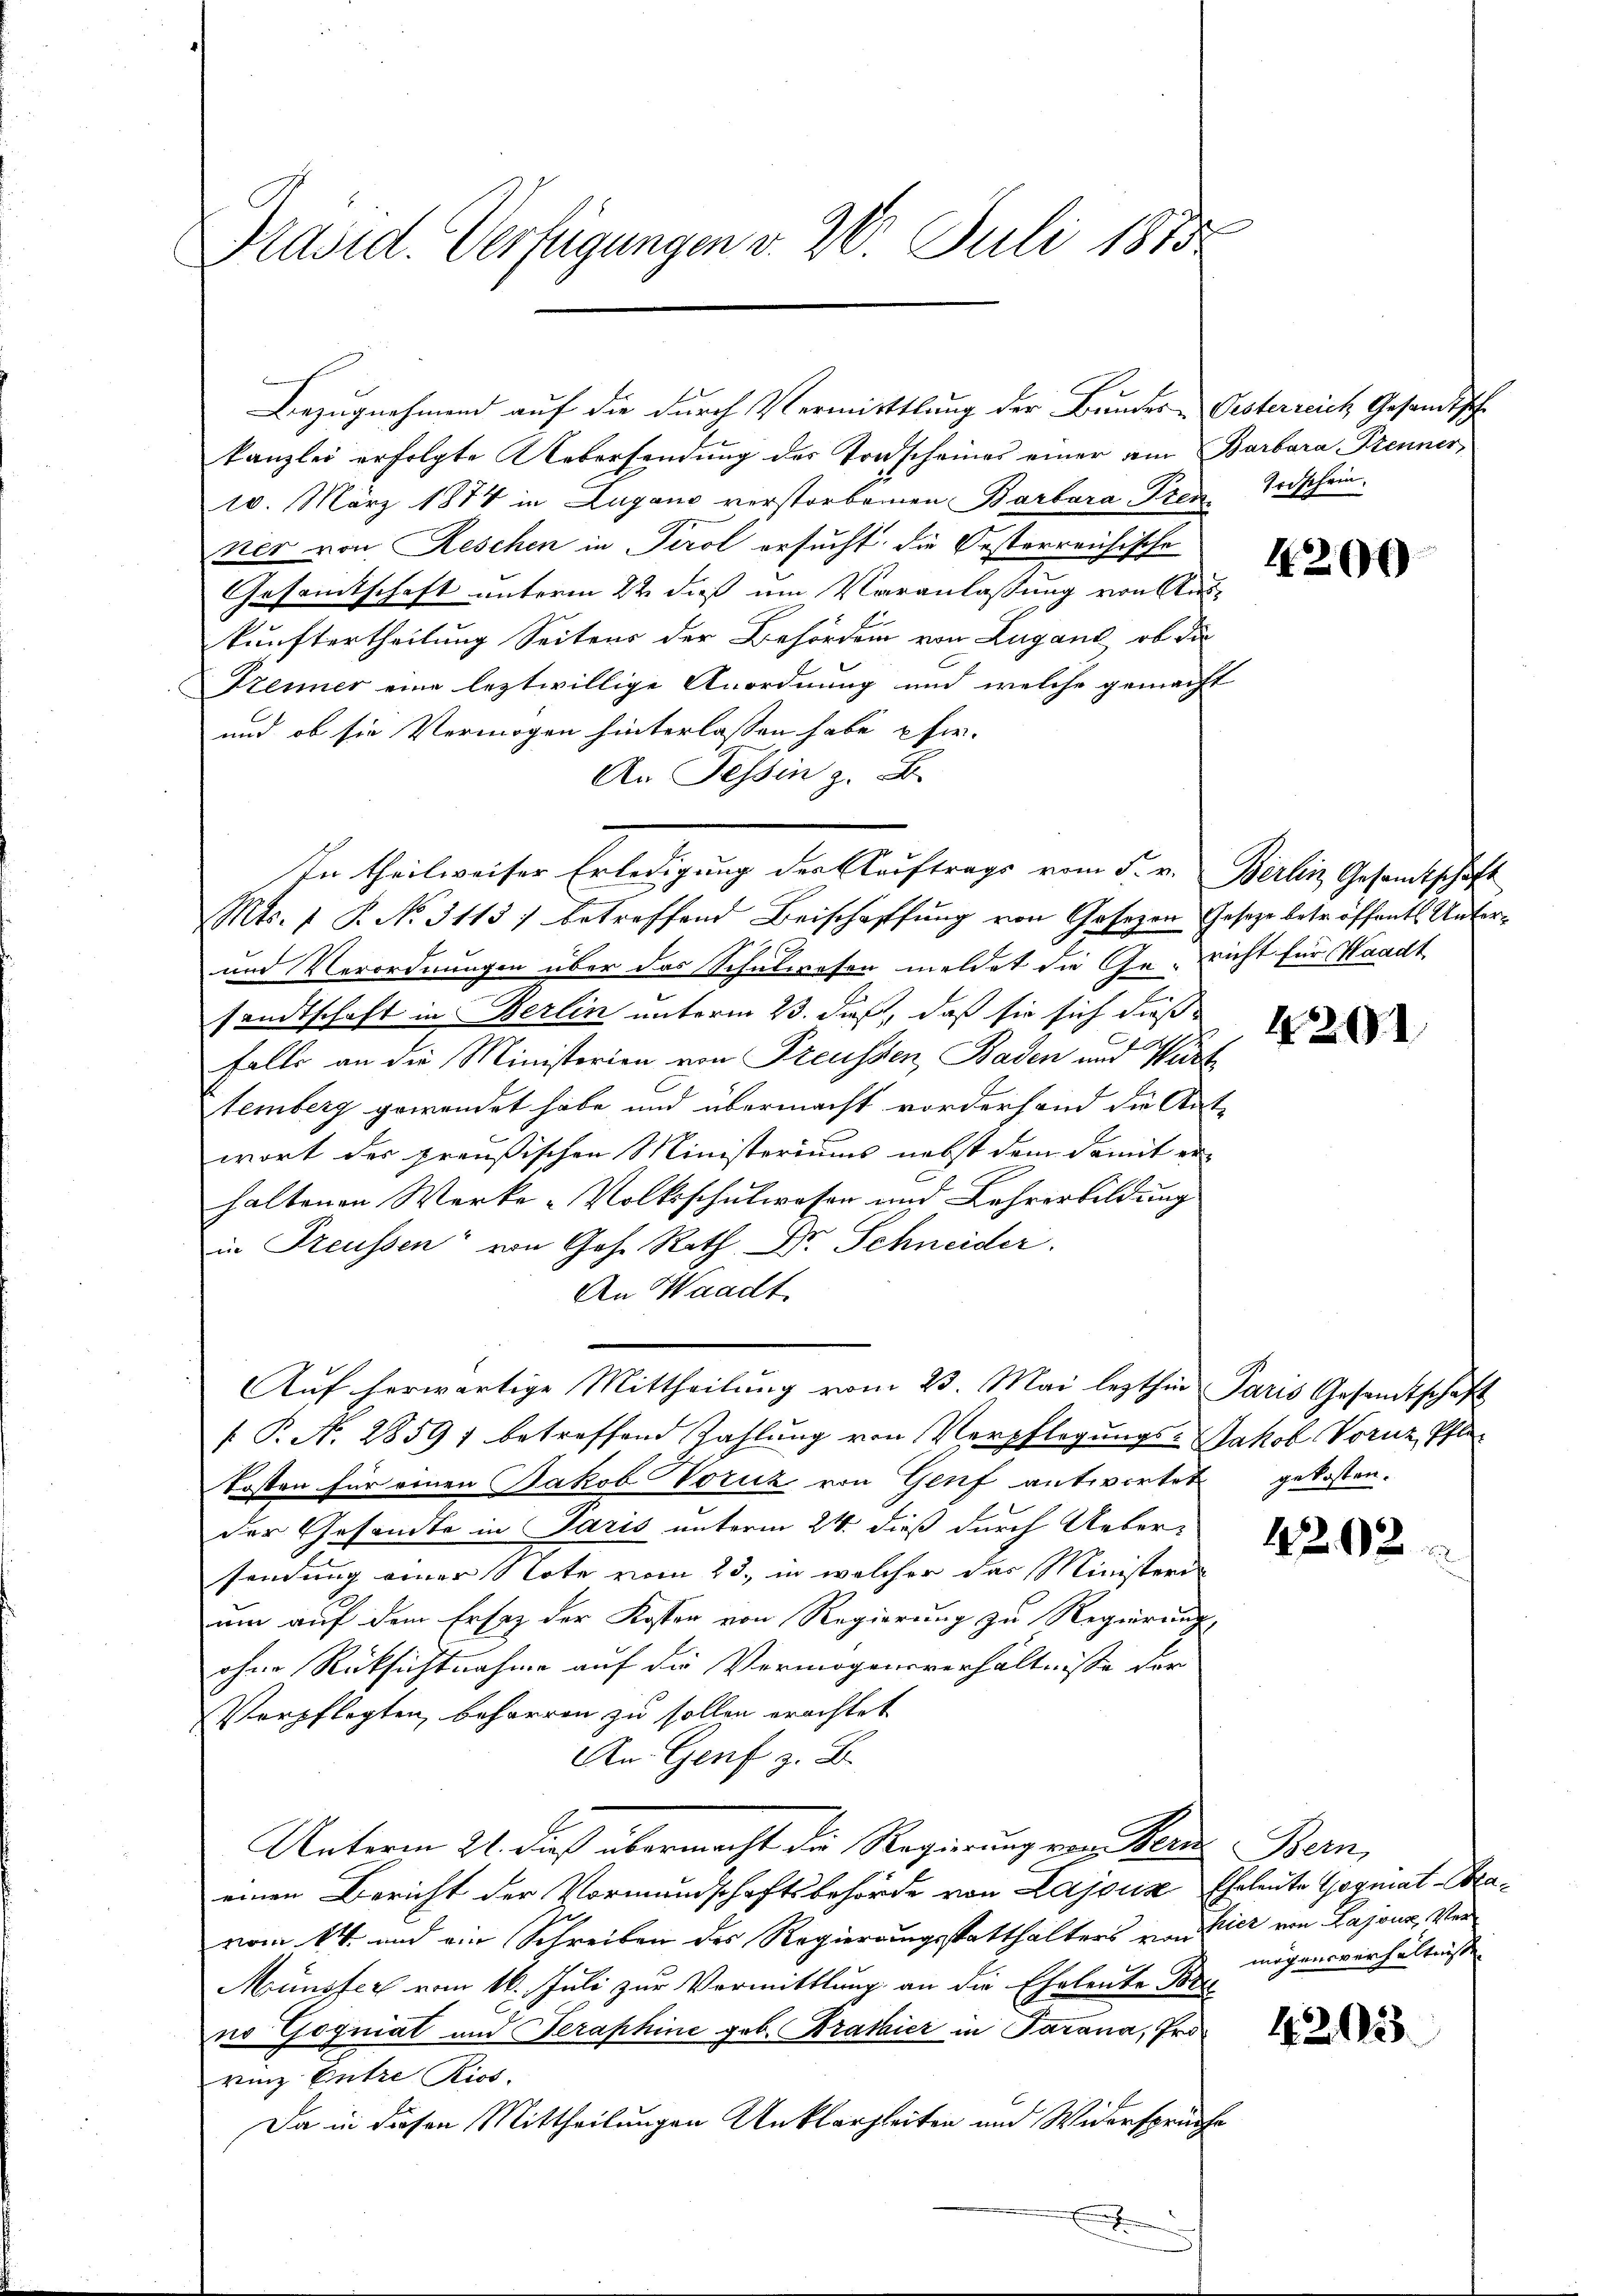
Präsid. Verfügungen v. 26. Juli 1875

Bezugnahmend auf die durch Vermittlung der Bundes-Visterreich Gesandtsche
kanzlei erfolgte Uebersendung des Torscheines einer am Barbara Trenner
10. März 1874 in Zugano verstorbenen Barbara Trenzier von Reschen in Perol ersucht die Oesterreichische
Gesamtschaft unterm 22. daß um Veranlassung von Auskunftertheilung Seitens der Behördern von Lugand, ob die
Trenner eine leztwillige Anordnung und welche gemacht
und ob sie Vermögen hinterlassen habe, pfer¬
An Tessin z. B.
Mts. 1 P. No. 3113) betreffend Beischaffung von Gosezen Gesetze betr. öffentl. Unter¬
und Verordnungen über das Schulwesen meldet die Gericht für Waadt
sandtschaft in Berlin unterm 23. daß, daß sie sich dießfalls an die Ministerien von Preussen, Baden und Würt
temberg gewendet habe und übermacht vorderhand die Ant-
wort der preußischen Ministeriums nebst dem damit er-
haltenen Werke-Volksschulwesen und Lehrerbildung
in Freussen von Ges. Rath Dr. Schneider
An Waadt.
Auf herwärtige Mittheilung vom 23. Mai lezthin Paris Gesandtschaft
 P. N. 2859; betreffend Zahlung von Verpflegungs-Jakob Vornz, Pflekosten für einen Jakob Voruz von Genf antwortet gekosten.
der Gesandte in Paris unterm 24. dieß durch Ueber-
sendung einer Note vom 23., in welcher das Ministeri
um auf dem Ersatz der Koster von Regierung zu Regierung
ohne Rücksichtnahme auf die Vermögensverhältnisse der
Verpflegten, beharren zu sollen erachtet
An Genf z. B.
Unterm 21. dieß übermacht die Regierung von Meine Bern,
einen Bericht der Vormundschaftsbehörde von Lajouis Eheleute Gogmat-Cavom 14. und ein Schreiben des Regierungsstatthalters von Vier von Lajouz, Ver¬
Münster vom 16. Juli zur Vormittlung an die Eheleute Bru
no Gogniat und Seraphine geb. Bratier in Parana, Prorinz Entre Rios.
Da in diesen Mittheilungen Unklarzleiten und Widerspruche

In theilweiser Erledigung der Kauftrage vom 5. v. Berlin Gesandtschaft

Todschein.

4200

4201

4202

mögensverhältnisse

42033